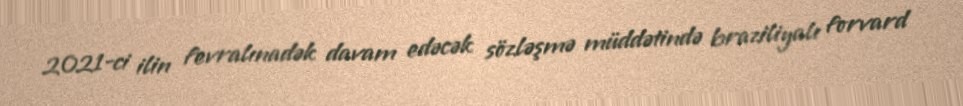
2021-ci ilin fevralınadək davam edəcək sözləşmə müddətində braziliyalı forvard